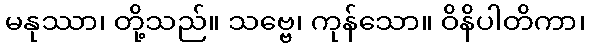
မနုဿာ၊ တို့သည်။ သဗ္ဗေ၊ ကုန်သော။ ဝိနိပါတိကာ၊